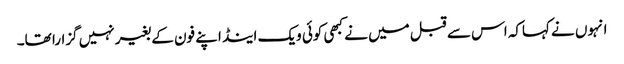
انہوں نے کہاکہ اس سے قبل میں نے کبھی کوئی ویک اینڈ اپنے فون کے بغیر نہیں گزارا تھا۔